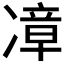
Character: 𪞬